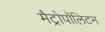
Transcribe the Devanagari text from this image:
मैट्रोपॉलिटन